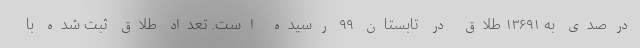
درصدی به ۱۳۶۹۱ طلاق در تابستان ۹۹ رسیده است. تعداد طلاق ثبت شده با